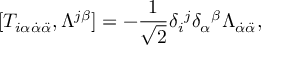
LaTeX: [ T _ { i \alpha \dot { \alpha } \ddot { \alpha } } , \Lambda ^ { j \beta } ] = - \frac 1 { \sqrt { 2 } } \delta _ { i } { } ^ { j } \delta _ { \alpha } { } ^ { \beta } \Lambda _ { \dot { \alpha } \ddot { \alpha } } , \nonumber